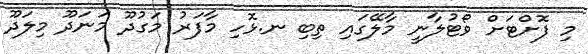
މި ފޮށްޓަށް ވޯޓުލާނީ މާލޭގައި ތިބި ނ.ޅޮހި މާފަރު މަގުދޫ މަނަދޫ މިލަދޫ